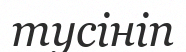
тусініп